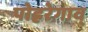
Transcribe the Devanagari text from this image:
पोह्ररेगाव्